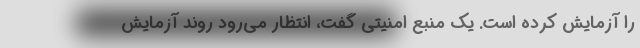
را آزمایش کرده است. یک منبع امنیتی گفت، انتظار می‌رود روند آزمایش